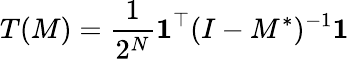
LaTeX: T(M)=\frac{1}{2^{N}}\mathbf{1}^{\top}(I-M^{\ast})^{-1}\mathbf{1}